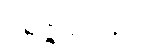
ဝိရဇ္ဇမာနော